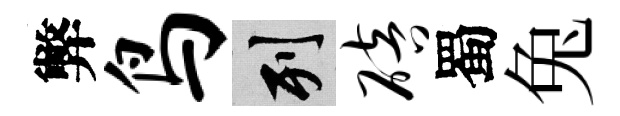
弊鸟列碚蜀兔